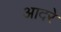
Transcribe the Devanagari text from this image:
आदरे